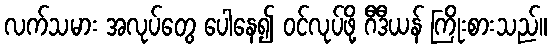
လက်သမား အလုပ်တွေ ပေါနေ၍ ဝင်လုပ်ဖို့ ဂီဒီယန် ကြိုးစားသည်။